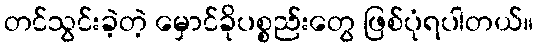
တင်သွင်းခဲ့တဲ့ မှောင်ခိုပစ္စည်းတွေ ဖြစ်ပုံရပါတယ်။